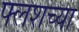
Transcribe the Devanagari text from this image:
फ्लशच्या